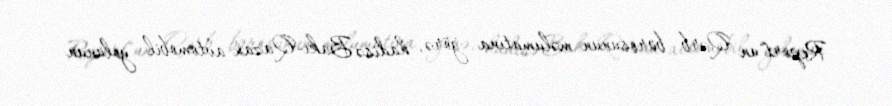
Report"un Qərb bürosunun məlumatına görə, hadisə Bakı-Qazax avtomobil yolunun